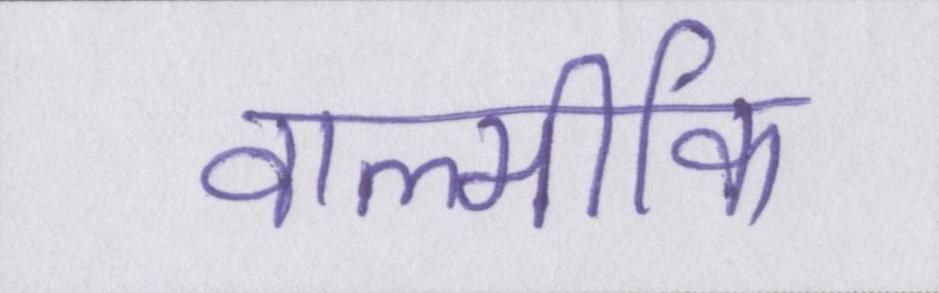
वाल्मीकि